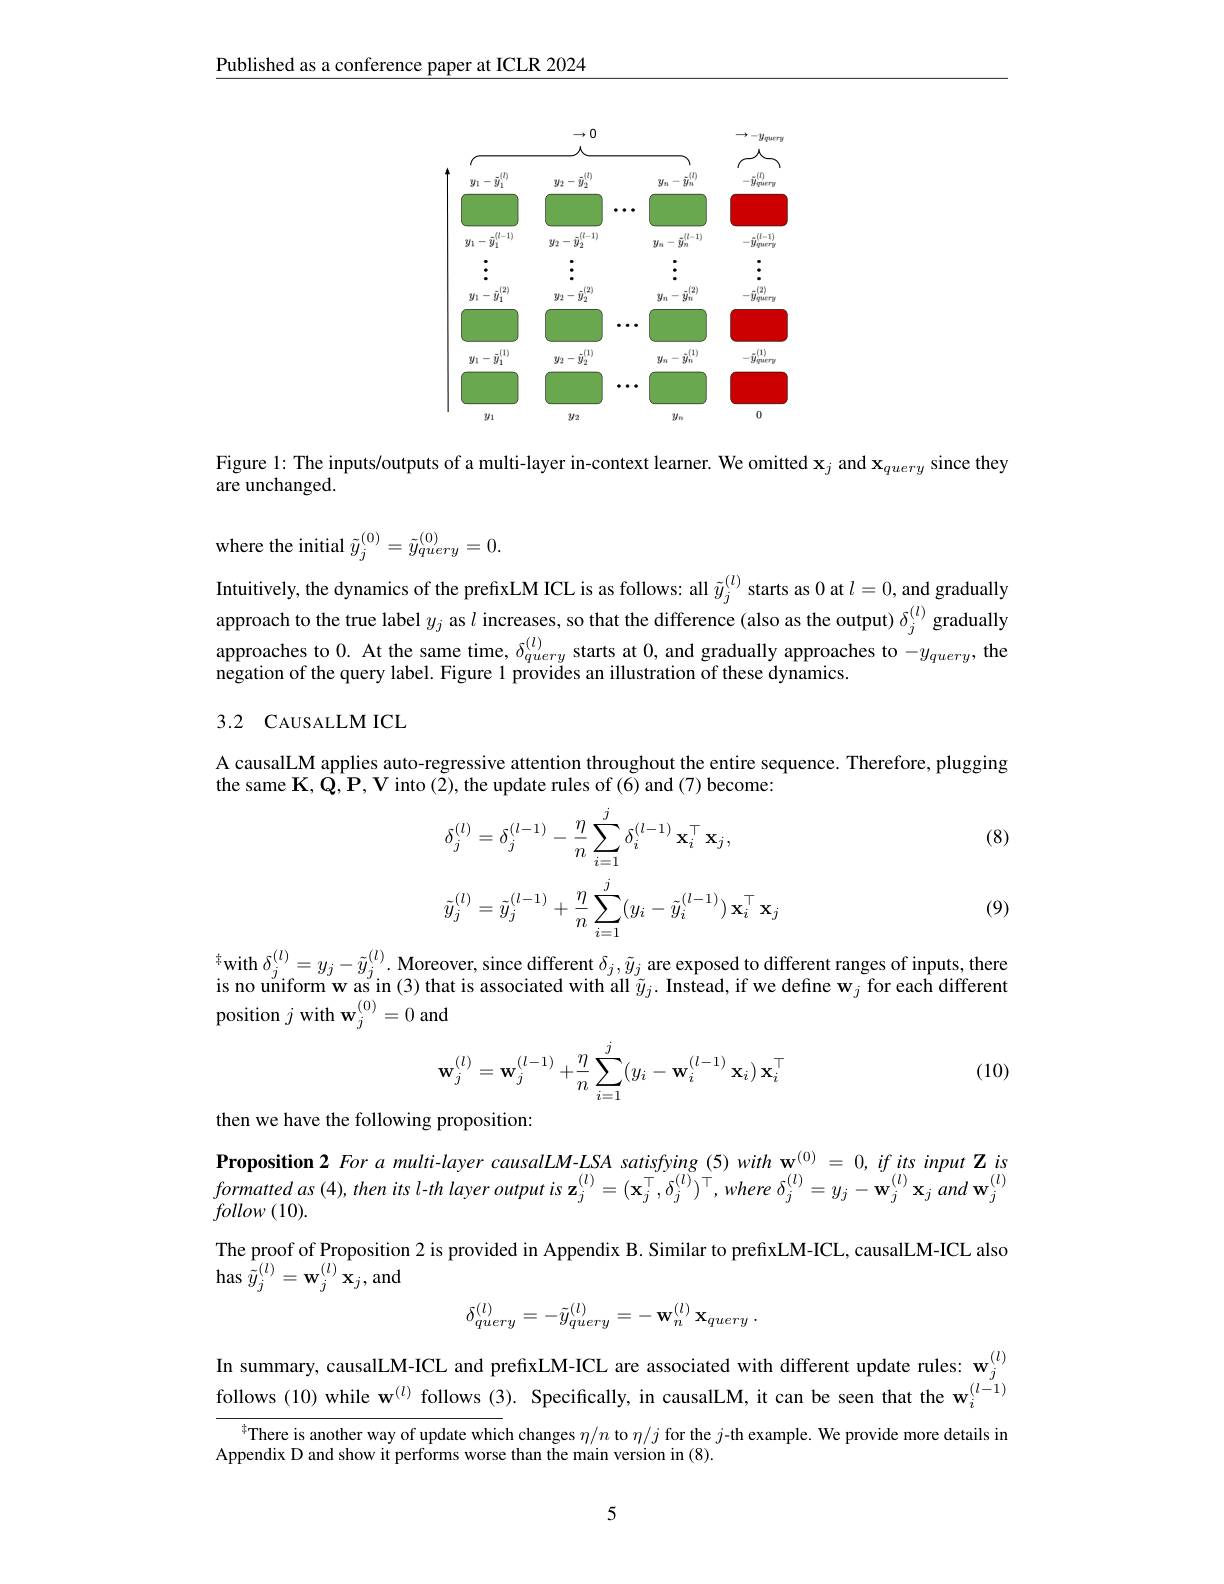
$\underline{\text{Published as a conference paper at ICLR 2024}}$

<FigureHere>

Figure 1: The inputs/outputs of a multi-layer in-context learner. We omitted $\mathbf{x}_j$ and $\mathbf{x}_query$ since they
are unchanged.

where the initial $\tilde{y}_j^{(0)}=\tilde{y}_{query}^{(0)}=0.$

Intuitively, the dynamics of the prefixLM ICL is as follows: all $\tilde{y}_j^{(l)}$ starts as 0 at $l=0$, and gradually approach to the true label $y_j$ as $l$ increases, so that the difference (also as the output) $\delta_j^{(l)}$ gradually approaches to 0. At the same time, $\delta_query$ starts at 0, and gradually approaches to $-y_query$, theration of $t$ heres of $t$ heres of $t$ heres of the samery label Einura l nreovides an illustration of these dvnamics cheres to $-y_{query}$, the negation of the query label. Figure 1 provides an illustration of these dynamics.

## 3.2 CAUSALLM ICL

A causalLM applies auto-regressive attention throughout the entire sequence. Therefore, plugging
the same K, Q, P, V into (2), the update rules of (6) and (7) become:

(8)
$$\begin{aligned}&\delta_{j}^{(l)}=\delta_{j}^{(l-1)}-\frac{\eta}{n}\sum_{i=1}^{j}\delta_{i}^{(l-1)}\:\mathbf{x}_{i}^{\top}\:\mathbf{x}_{j},\\&\tilde{y}_{j}^{(l)}=\tilde{y}_{j}^{(l-1)}+\frac{\eta}{n}\sum_{i=1}^{j}(y_{i}-\tilde{y}_{i}^{(l-1)})\:\mathbf{x}_{i}^{\top}\:\mathbf{x}_{j}\end{aligned}$$
(9)

$^{\ddagger}$with $\delta_j^{(l)}=y_j-\bar{y}_j^{(l)}.$ Moreover, since different $\delta_j,\tilde{y}_j$ are exposed to different ranges of inputs, there is no uniform w as in (3) that is associated with all $\tilde{y}_{j}.$ Instead, if we define w$_j$ for each different position $j$ with $\mathbf{w}_j^{(0)}=0$ and

(10)
$$\mathbf{w}_j^{(l)}=\mathbf{w}_j^{(l-1)}+\dfrac{\eta}{n}\sum_{i=1}^j\bigl(y_i-\mathbf{w}_i^{(l-1)}\:\mathbf{x}_i\bigr)\mathbf{x}_i^\top $$
then we have the following proposition:

Proposition 2 For a multi-layer causalLM-LSA satisfying (5) with w$^{(0)}=0,ifitsinput\mathbf{Z}is$ $formattedas( 4) , thenitsl- th$ layer output $is$ $\mathbf{z} _{j}^{( l) }= ( \mathbf{x} _{j}^{\top }, \delta _{j}^{( l) }) ^{\top }, where$ $\delta _{j}^{( l) }= y_{j}- \mathbf{w} _{j}^{( l) }\mathbf{x} _{j}$ and $\mathbf{w} _{j}^{( l) }$ $follow\left(10\right).$
The proof of Proposition 2 is provided in Appendix B. Similar to prefixLM-ICL, causalLM-ICL also
$\operatorname{has}\tilde{\tilde{y}}_{j}^{(l)}=\mathbf{w}_{j}^{(l)}\mathbf{x}_{j}$,and
$$\delta_{query}^{(l)}=-\tilde{y}_{query}^{(l)}=-\:\mathbf{w}_{n}^{(l)}\:\mathbf{x}_{query}\:.$$
In summary, causalLM-ICL and prefixLM-ICL are associated with different update rules: $\mathbf{w}_j^{(l)}$ follows (10) while w$^{(l)}$ follows (3). Specifically, in causalLM, it can be seen that the w$_i^{(l-1)}$
$^{4}$There is another way of update which changes $\eta/n$ to $\eta/j$ for the $j$-th example. We provide more details in
Appendix D and show it performs worse than the main version in (8).

5